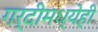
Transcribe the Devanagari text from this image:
गर्दीमध्येही